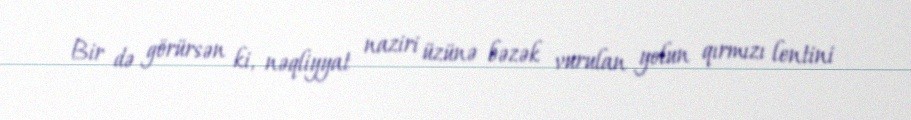
Bir də görürsən ki, nəqliyyat naziri üzünə bəzək vurulan yolun qırmızı lentini